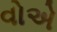
વોએ